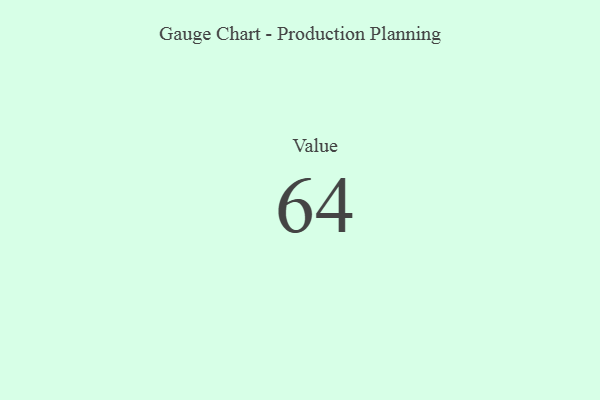
{"axis": {"x": "Metric", "y": "Value"}, "legend": [""], "data": [{"x": "Value", "y": 64, "type": ""}]}